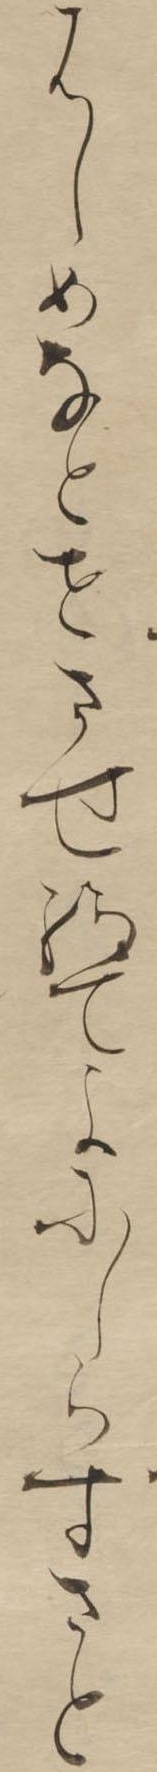
はしめなとせさせ給てよにしらすさと